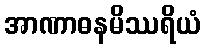
အာဏာဓနမိဿရိယံ